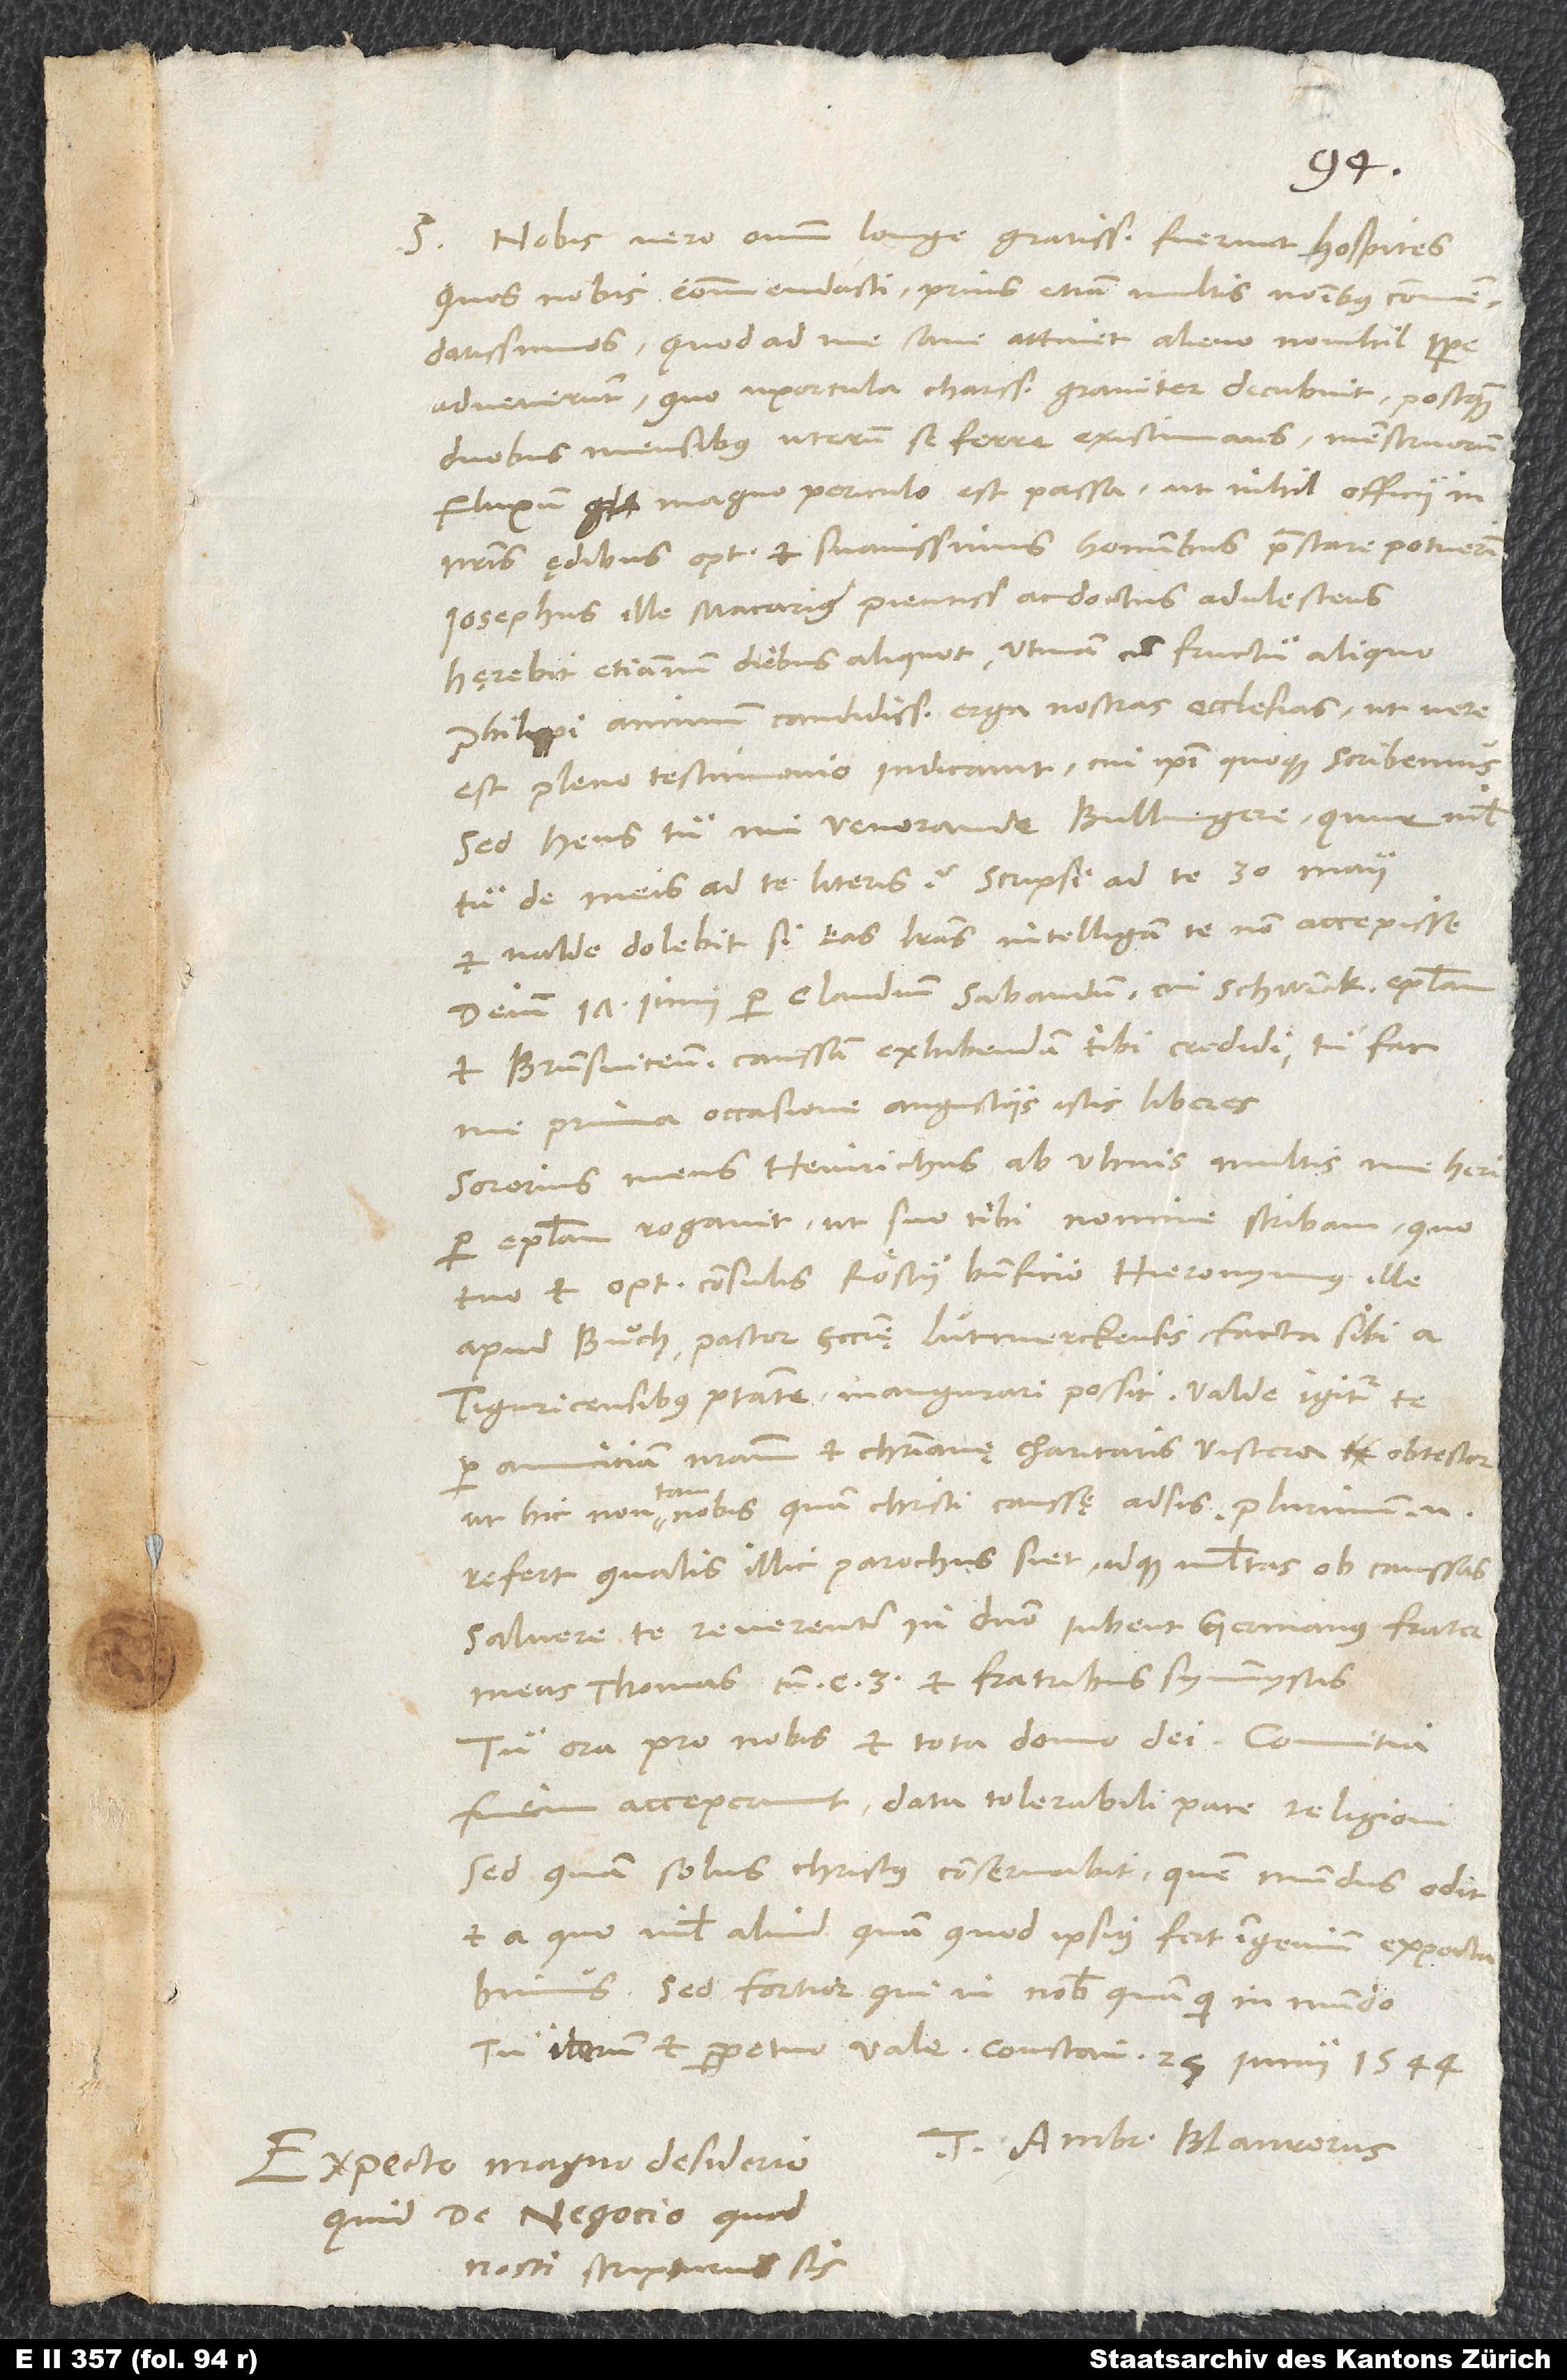
S. Nobis vero omnium longe gratissimi fuerunt hospites,
quos nobis commendasti, prius etiam multis nominibus commendatissimos.
Quod ad me sane attinet, alieno nonnihil tempore
advenerunt, quo uxorcula charissima graviter decubuit, postquam
duobus mensibus uterum se ferre existimans menstruorum
fluxum magno periculo est passa, ut nihil officii in
nostris ędibus optimis et suavissimis hominibus praestare potuerim.
Iosephus ille Macarius, pientissimus ac doctus adulescens,
hęrebit etiamnum diebus aliquot, utinam cum fructu aliquo!
Philippi animum candidissimum erga nostra ecclesias, ut vere
est, pleno testimonio indicavit, cui ipsi quoque scribemus.
Sed heus tu, mi venerande Bullingere, quur nihil
tu de meis ad te literis? Scripsi ad te 30. maii,
et valde dolebit, si eas literas intelligam te non accepisse,
deinde 17. iunii per Claudium Sabaudum, cui Schwenck epistolam
et Brunsvicensem caussam exhibendam tibi credidi; tu fac,
me prima occasione angustiis istis liberes.
Sororius meus Heinrichus ab Ulmis multis me heri
per epistolam rogavit, ut suo tibi nomine scribam, quo
tuo et optimi consulis Röstii beneficio Hieronymus ille
apud Buͦch, pastor ecclesię Lutmerckensis facta sibi a
Tiguricensibus potestate inaugurari possit. Valde igitur te
per amicitiam nostram et christianę charitatis viscera obtestor,
ut hic non tam nobis quam Christi caussę adsis; plurimum enim
refert, qualis illic parochus siet, idque multas ob caussas.
Salvere te reverenter in domino iubent germanus frater
meus Thomas cum C et fratribus symmystis.
Tu ora pro nobis et tota domo dei. Comitia
finem acceperunt data tolerabili pace religioni,
sed quam solus Christus conservabit, quem mundus odit
et a quo nihil aliud, quam quod ipsius sit ingenium, expectabimus.
Sed fortior, qui in nobis, quam qui in mundo.
Tuus Ambr. Blaurerus.
Expecto magno desiderio,
quid de negocio, quod
nosti, scripturus sis.